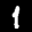
Label: 1